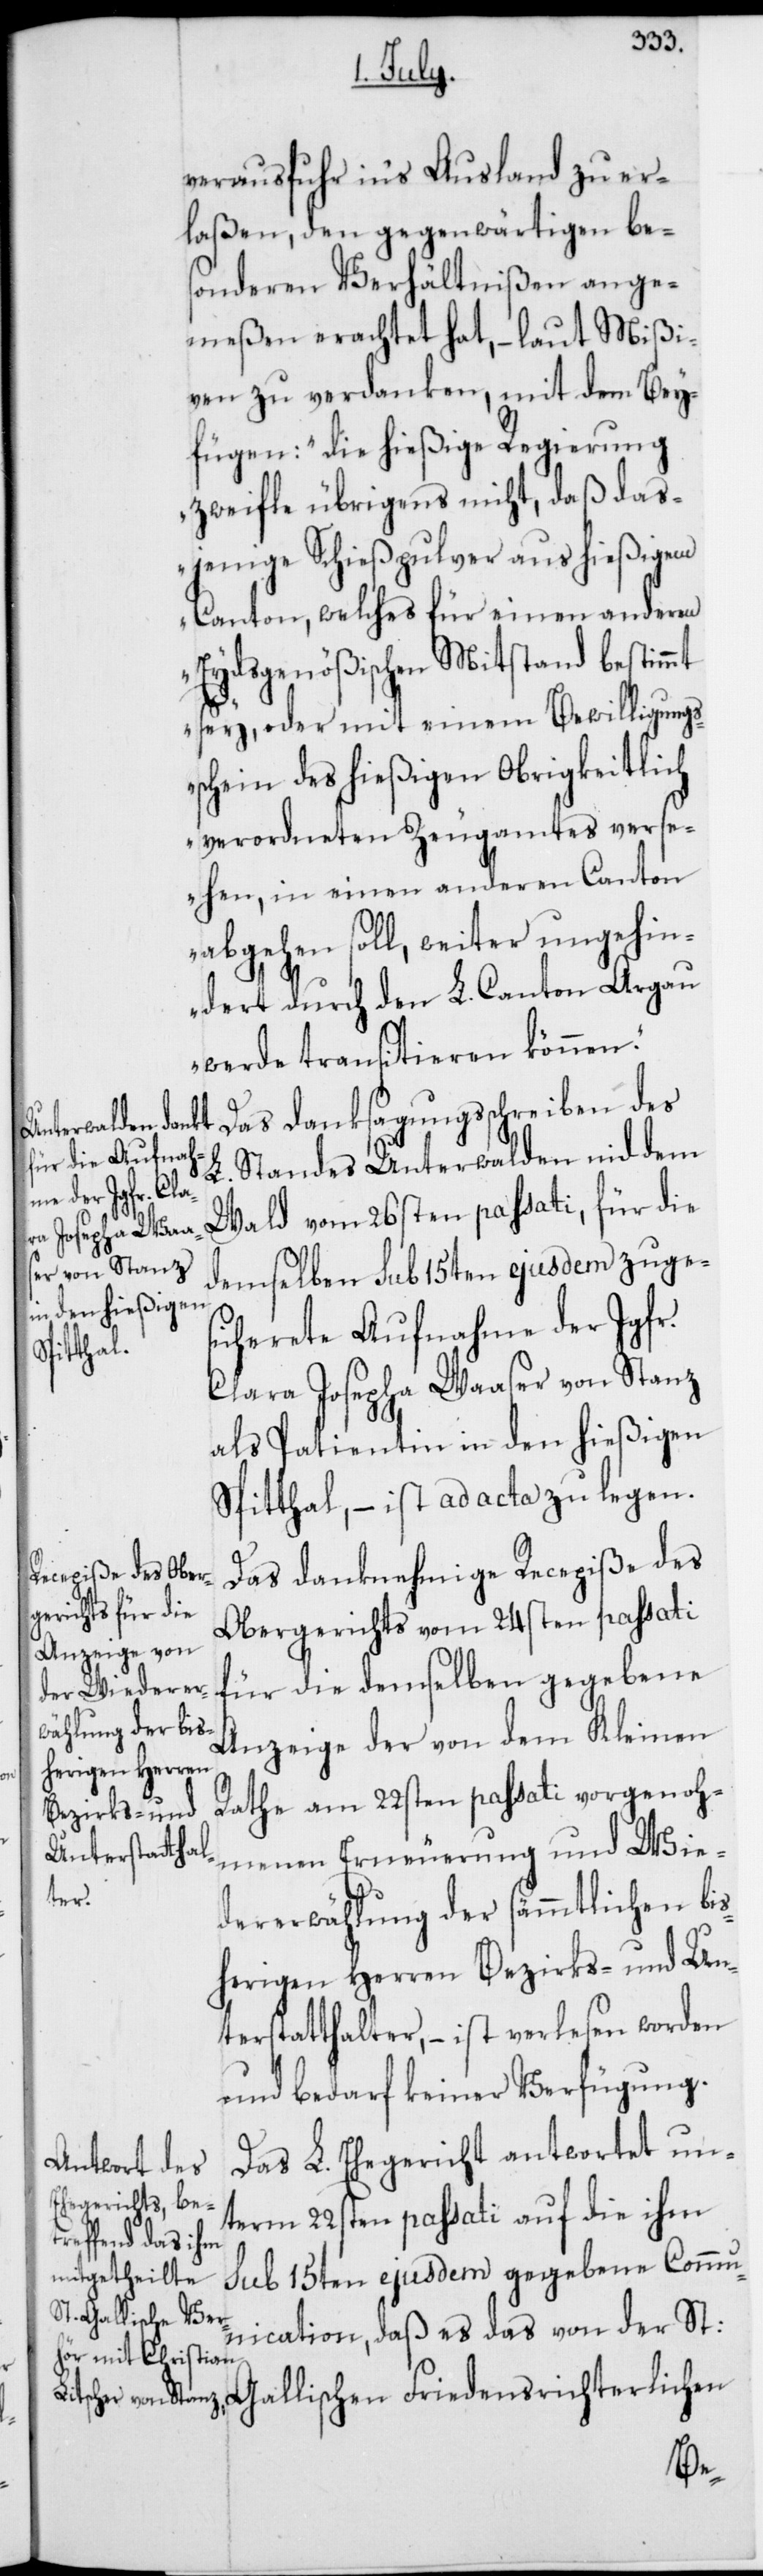
verausfuhr ins Ausland zu er¬
laßen, den gegenwärtigen bes¬
onderen Verhältnißen ange¬
meßen erachtet hat, – laut Mißi¬
ven zu verdanken, mit dem Bey¬
fügen: „die hießige Regierung
zweifle übrigens nicht, daß das¬
jenige Schießpulver aus hießigem
Canton, welches für einen anderen
Eydsgenößischen Mitstand bestimmt
sey, oder mit einem Bewilligungs¬
schein des hießigen Obrigkeitlich
verordneten Zeugamtes verse¬
hen, in einen anderen Canton
abgehen soll, weiter ungehin¬
dert durch den L. Canton Argau
werde transitieren können.“
Das danksagungsschreiben
L. Standes Unterwalden nid dem
Wald vom 26sten passati, für die
demselben sub 15ten ejusdem zuge¬
sicherete Aufnahme der Jgfr.
Clara Josepha Waaser von Stanz
als Patientin in den hießigen
Spitthal, – ist ad acta zu legen.
Das danknehmige Recepiße des
Obergerichts vom 24sten passati
für die demselben gegebene
Anzeige der von dem Kleinen
Rathe am 22sten passati vorgenoh¬
menen Erneuerung und Wie¬
dererwählung der sämmtlichen bi¬
sherigen Herren Bezirks- und Un¬
terstatthalter, – ist verlesen worden
und bedarf keiner Verfügung.
Das L. Ehegericht antwortet un¬
term 22sten passati auf die ihm
sub 15ten ejusdem gegebene Comm¬
unication, daß es das von der St:
Gallischen Friedensrichterlichen